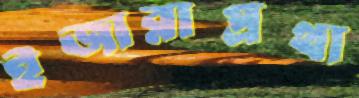
ইজারাপ্রথা